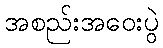
အစည်းအဝေးပွဲ